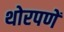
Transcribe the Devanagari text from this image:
थोरपणें